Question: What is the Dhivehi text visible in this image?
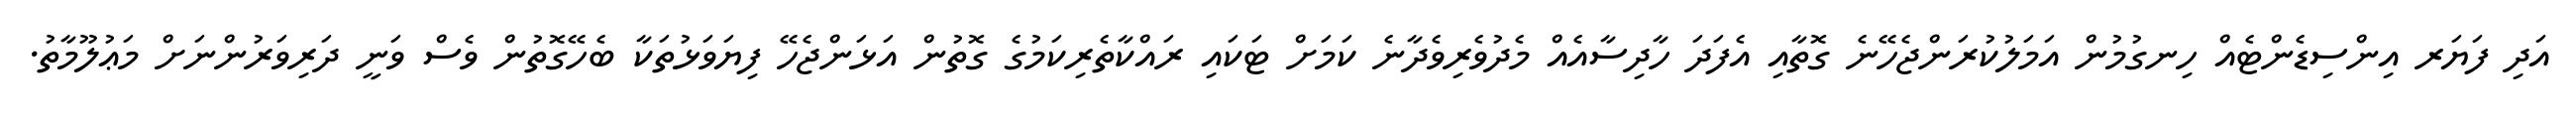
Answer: އަދި ފަޔަރ އިންސިޑެންޓެއް ހިނގުމުން އަމަލުކުރަންޖެހޭނެ ގޮތާއި އެފަދަ ހާދިސާއެއް މެދުވެރިވެދާނެ ކަމަށް ޓަކައި ރައްކާތެރިކަމުގެ ގޮތުން އަޅަންޖެހޭ ފިޔަވަޅުތަކާ ބެހޭގޮތުން ވެސް ވަނީ ދަރިވަރުންނަށް މަޢުލޫމާތު.